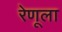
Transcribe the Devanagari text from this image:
रेणूला